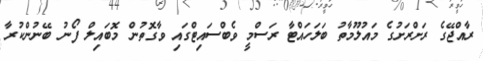
ރާއްޖޭގެ ރަށްރަށުގެ މައުލޫމާތު ބަލަހައްޓާ ރަސްމީ ވެބްސައިޓްގައި ވާގޮތުން މޮބައިލް ފޯނު ބޭނުންކުރާ